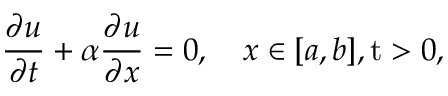
{ \frac { \partial u } { \partial t } } + \alpha { \frac { \partial u } { \partial x } } = 0 , \quad x \in [ a , b ] , \operatorname { t } > 0 ,